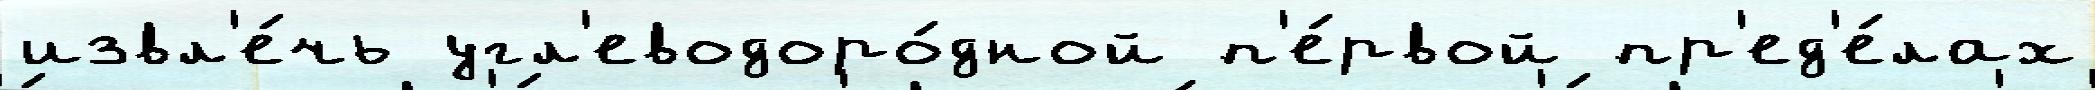
извл'е́чь угл'еводоро́дной п'е́рвой пр'ед'е́лах